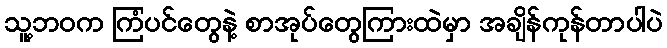
သူ့ဘဝက ကြံပင်တွေနဲ့ စာအုပ်တွေကြားထဲမှာ အချိန်ကုန်တာပါပဲ